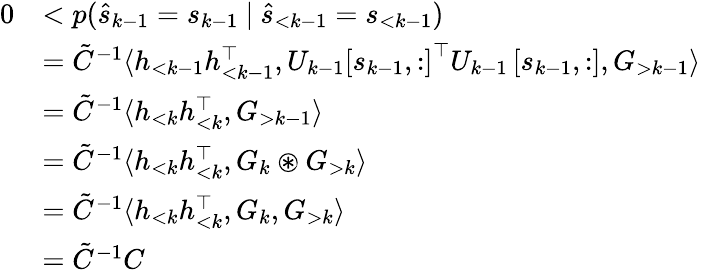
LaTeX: \begin{array}{rl}{0}&{<p(\hat{s}_{k-1}=s_{k-1}\ \vert\ \hat{s}_{<k-1}=s_{<k-1})}\\ &{=\tilde{C}^{-1}\langle h_{<k-1}h_{<k-1}^{\top},U_{k-1}\left[s_{k-1},:\right]^{\top}U_{k-1}\left[s_{k-1},:\right],G_{>k-1}\rangle}\\ &{=\tilde{C}^{-1}\langle h_{<k}h_{<k}^{\top},G_{>k-1}\rangle}\\ &{=\tilde{C}^{-1}\langle h_{<k}h_{<k}^{\top},G_{k}\circledast G_{>k}\rangle}\\ &{=\tilde{C}^{-1}\langle h_{<k}h_{<k}^{\top},G_{k},G_{>k}\rangle}\\ &{=\tilde{C}^{-1}C}\end{array}